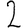
Digit: 2